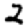
Digit: 2